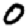
Digit: 0